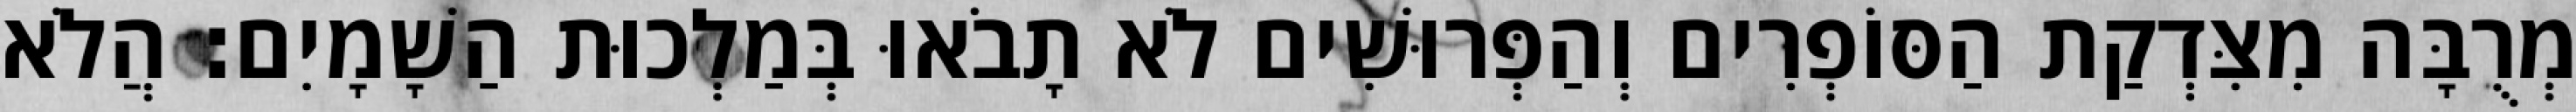
מְרֻבָּה מִצִּדְקַת הַסּוֹפְרִים וְהַפְּרוּשִׁים לֹא תָבֹאוּ בְּמַלְכוּת הַשָׁמָיִם׃ הֲלֹא